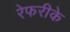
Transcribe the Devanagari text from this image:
रेफरीके